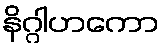
နိဂ္ဂါဟကော